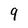
Character: 9